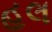
હલ